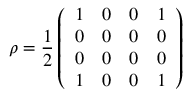
\rho = \frac { 1 } { 2 } \left( \begin{array} { l l l l } { 1 } & { 0 } & { 0 } & { 1 } \\ { 0 } & { 0 } & { 0 } & { 0 } \\ { 0 } & { 0 } & { 0 } & { 0 } \\ { 1 } & { 0 } & { 0 } & { 1 } \end{array} \right)